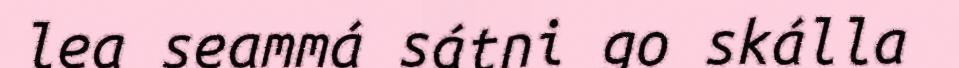
lea seammá sátni go skálla